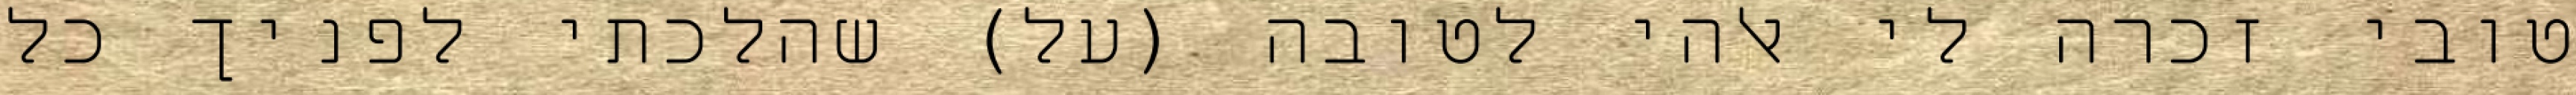
טובי זכרה לי אלהי לטובה (על) שהלכתי לפניך כל